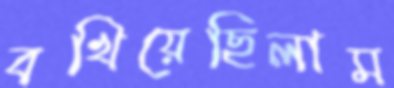
বখিয়েছিলাম